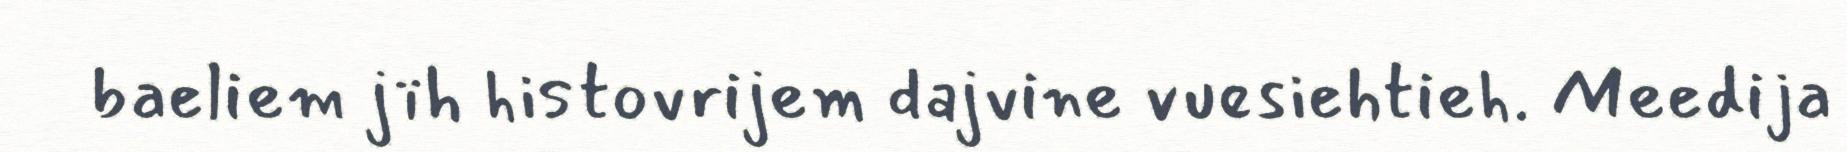
baeliem jïh histovrijem dajvine vuesiehtieh. Meedija